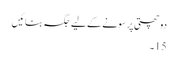
دو چھتی پر سونے کے لیے جگہ بنائیں
15۔